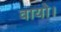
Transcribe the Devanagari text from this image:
वायो।